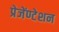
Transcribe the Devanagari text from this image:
प्रेजेंण्टेशन